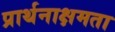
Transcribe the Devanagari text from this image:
प्रार्थनाक्षमता